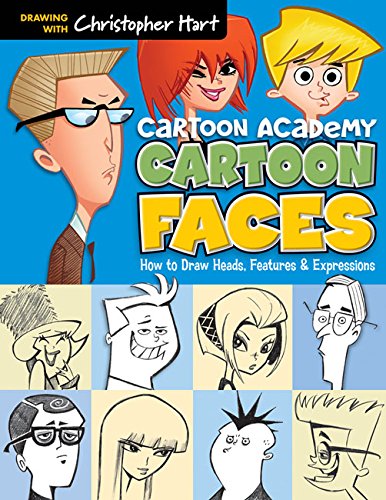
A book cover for Cartoon Faces: How to Draw Heads, Features & Expressions (Cartoon Academy); Christopher Hart; Comics & Graphic Novels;